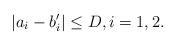
LaTeX: \begin{align*}|a_i-b_i'| \leq D, i=1,2.\end{align*}